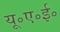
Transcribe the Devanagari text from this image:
यू॰ए॰ई॰